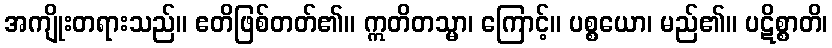
အကျိုးတရားသည်။ ဧတိဖြစ်တတ်၏။ ဣတိတသ္မာ၊ ကြောင့်။ ပစ္စယော၊ မည်၏။ ပဋိစ္စာတိ၊